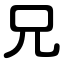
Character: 兄